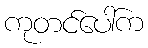
ကုတင်ပေါ်က